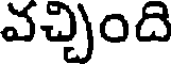
వచ్చింది